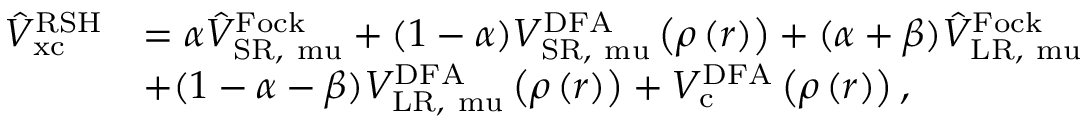
\begin{array} { r l } { \hat { V } _ { \mathrm { { x c } } } ^ { \mathrm { R S H } } } & { = \alpha \hat { V } _ { \mathrm { { S R , } \ m u } } ^ { \mathrm { F o c k } } + ( 1 - \alpha ) V _ { \mathrm { { S R , } \ m u } } ^ { \mathrm { D F A } } \left( \rho \left( \boldsymbol { r } \right) \right) + ( \alpha + \beta ) \hat { V } _ { \mathrm { { L R , } \ m u } } ^ { \mathrm { F o c k } } } \\ & { + ( 1 - \alpha - \beta ) V _ { \mathrm { { L R , } \ m u } } ^ { \mathrm { D F A } } \left( \rho \left( \boldsymbol { r } \right) \right) + V _ { \mathrm { { c } } } ^ { \mathrm { D F A } } \left( \rho \left( \boldsymbol { r } \right) \right) , } \end{array}